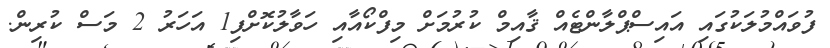
ފުވައްމުލަކުގައި އައިސްޕްލާންޓެއް ޤާއިމް ކުރުމަށް މިފްކޯއާއި ހަވާލުކޮށްފި1 އަހަރު 2 މަސް ކުރިން.